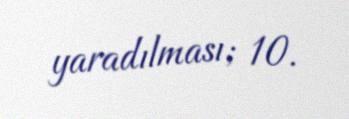
yaradılması; 10.